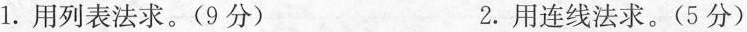
1.用列表法求。(9分) 2.用连线法求。(5分)